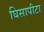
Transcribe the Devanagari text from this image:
घिसापीटा